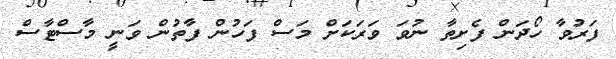
ފަރުވާ ހޯދަން ފެށިތާ ނުވަ ވަރަކަށް މަސް ފަހުން ފާތުން ވަނީ މާސްޓާސް